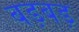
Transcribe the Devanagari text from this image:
बड़बड़